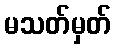
မသတ်မှတ်